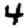
Digit: 4